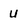
Character: U